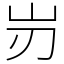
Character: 岃